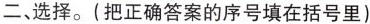
二、选择。(把正确答案的序号填在括号里)